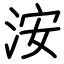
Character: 洝